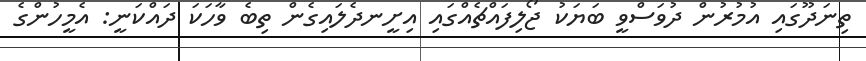
ތިނަދޫގައި އުމުރުން ދުވަސްވީ ބަޔަކު ޖޯލިފައްޗެއްގައި އިށީނދެލައިގެން ތިބެ ވާހަކަ ދައްކަނީ: އެމީހުންގެ